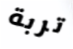
تربة